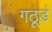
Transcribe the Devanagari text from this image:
गठूडं